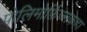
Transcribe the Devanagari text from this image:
पोलिमोर्फ़िज्मकहा